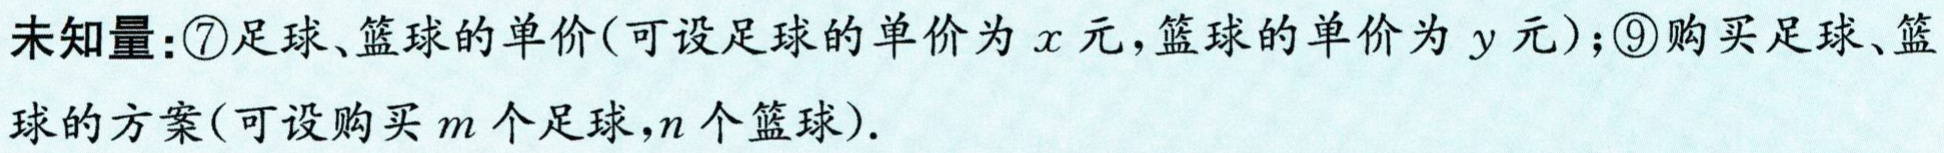
未知量：\textcircled{7}足球、篮球的单价(可设足球的单价为\(x\)元，篮球的单价为\(y\)元)；\textcircled{9}购买足球、篮球的方案(可设购买\(m\)个足球，\(n\)个篮球).